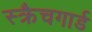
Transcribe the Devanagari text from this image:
स्क्रैचगार्ड